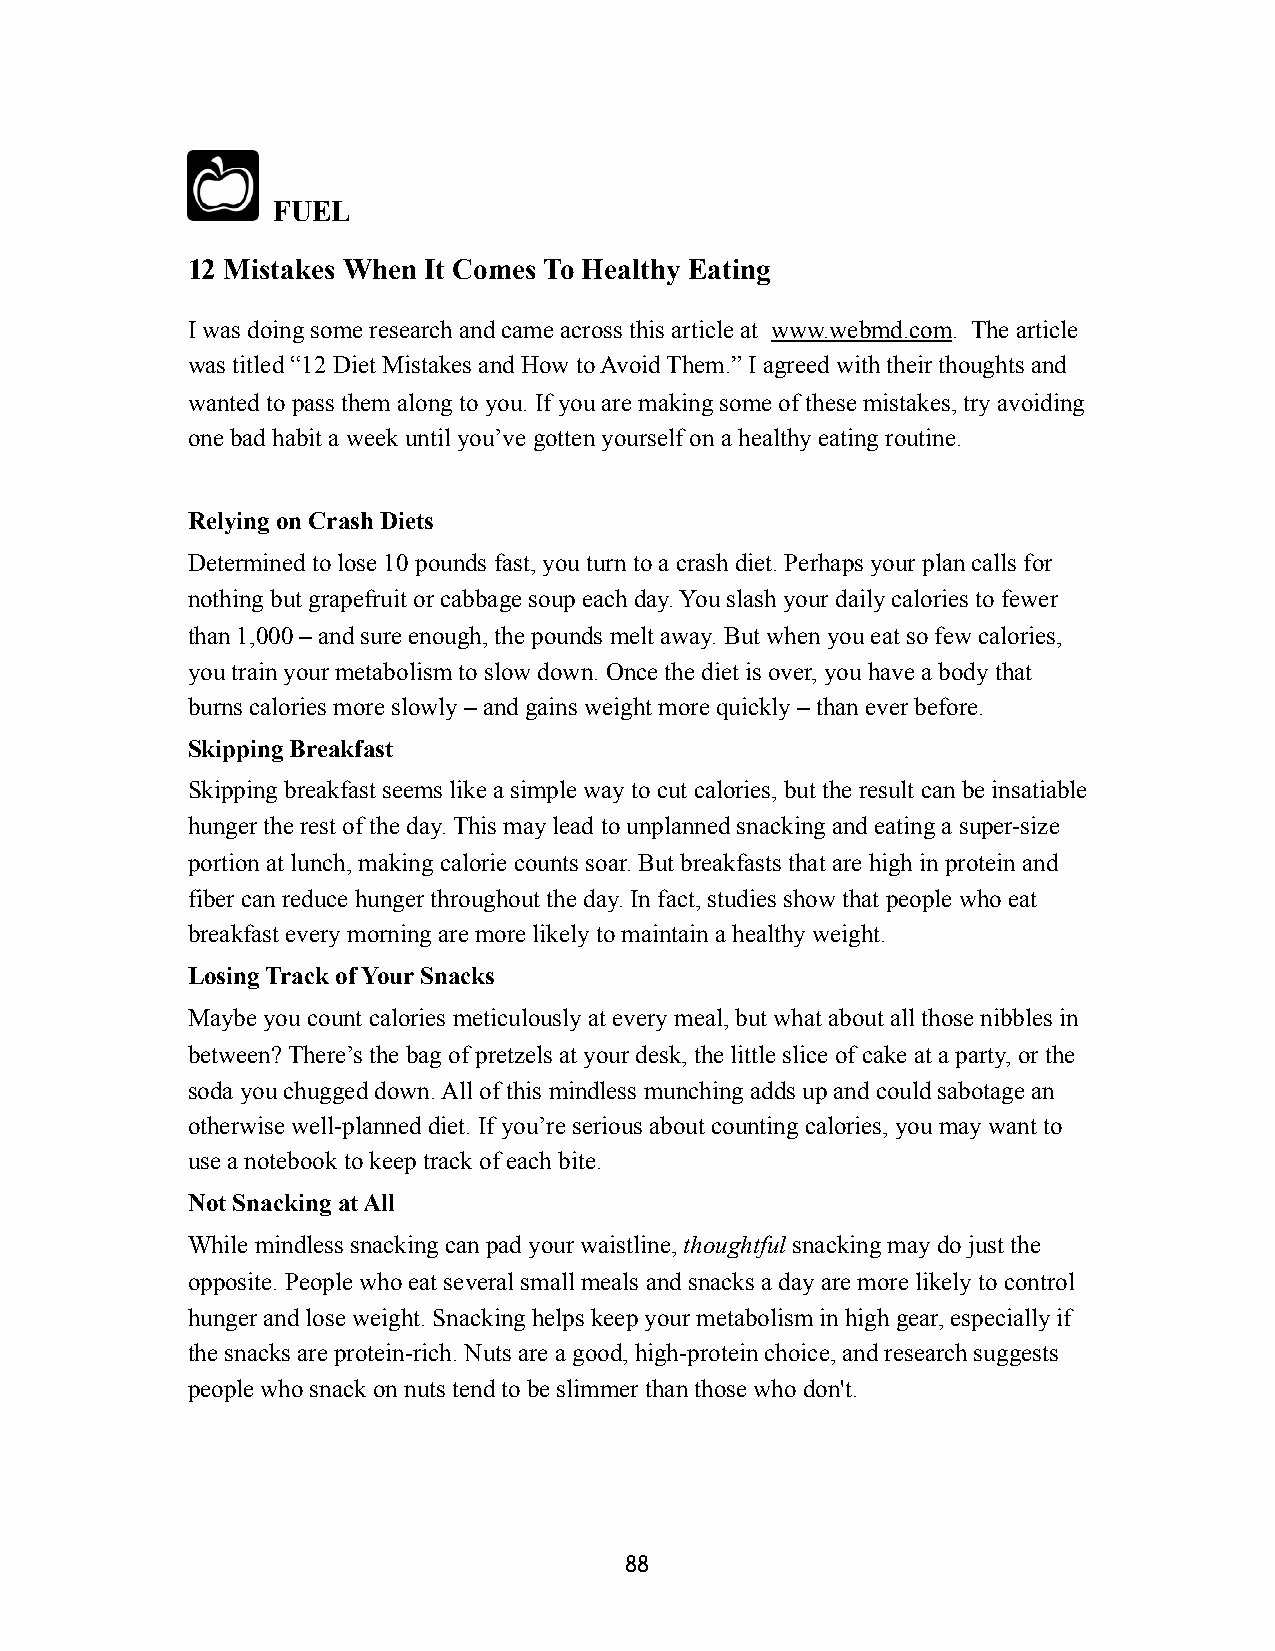
FUEL
 12 Mistakes When It Comes To Healthy Eating
 I was doing some research and came across this article at www.webmd.com. The article
 was titled “12 Diet Mistakes and How to Avoid Them.” I agreed with their thoughts and
 wanted to pass them along to you. If you are making some of these mistakes, try avoiding
 one bad habit a week until you’ve gotten yourself on a healthy eating routine.
 Relying on Crash Diets
 Determined to lose 10 pounds fast, you turn to a crash diet. Perhaps your plan calls for
 nothing but grapefruit or cabbage soup each day. You slash your daily calories to fewer
 than 1,000 – and sure enough, the pounds melt away. But when you eat so few calories,
 you train your metabolism to slow down. Once the diet is over, you have a body that
 burns calories more slowly – and gains weight more quickly – than ever before.
 Skipping Breakfast
 Skipping breakfast seems like a simple way to cut calories, but the result can be insatiable
 hunger the rest of the day. This may lead to unplanned snacking and eating a super-size
 portion at lunch, making calorie counts soar. But breakfasts that are high in protein and
 fiber can reduce hunger throughout the day. In fact, studies show that people who eat
 breakfast every morning are more likely to maintain a healthy weight.
 Losing Track of Your Snacks
 Maybe you count calories meticulously at every meal, but what about all those nibbles in
 between? There’s the bag of pretzels at your desk, the little slice of cake at a party, or the
 soda you chugged down. All of this mindless munching adds up and could sabotage an
 otherwise well-planned diet. If you’re serious about counting calories, you may want to
 use a notebook to keep track of each bite.
 Not Snacking at All
 While mindless snacking can pad your waistline, thoughtful snacking may do just the
 opposite. People who eat several small meals and snacks a day are more likely to control
 hunger and lose weight. Snacking helps keep your metabolism in high gear, especially if
 the snacks are protein-rich. Nuts are a good, high-protein choice, and research suggests
 people who snack on nuts tend to be slimmer than those who don't.
 88